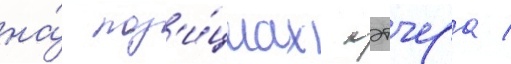
на́ поз'и́циах кэтчера /